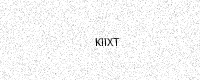
Text: KIIXT